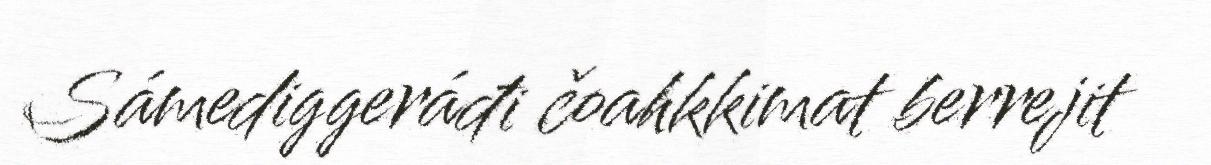
Sámediggeráđi čoahkkimat berrejit